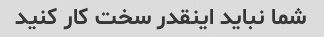
شما نباید اینقدر سخت کار کنید